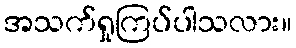
အသက်ရှုကြပ်ပါသလား။